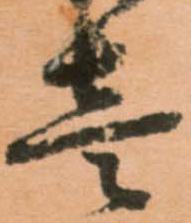
壱